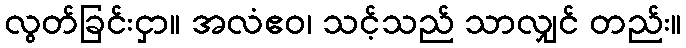
လွတ်ခြင်းငှာ။ အလံဧဝ၊ သင့်သည် သာလျှင် တည်း။